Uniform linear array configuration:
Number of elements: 32
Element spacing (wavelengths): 0.25
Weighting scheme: exponential
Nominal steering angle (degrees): -30
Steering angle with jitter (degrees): -30.908
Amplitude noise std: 0.05
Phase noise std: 0.05

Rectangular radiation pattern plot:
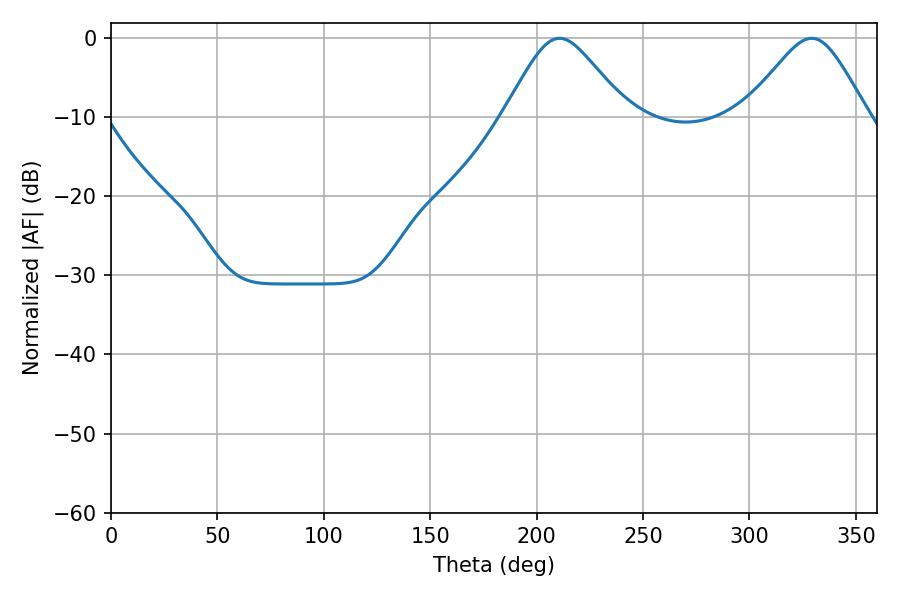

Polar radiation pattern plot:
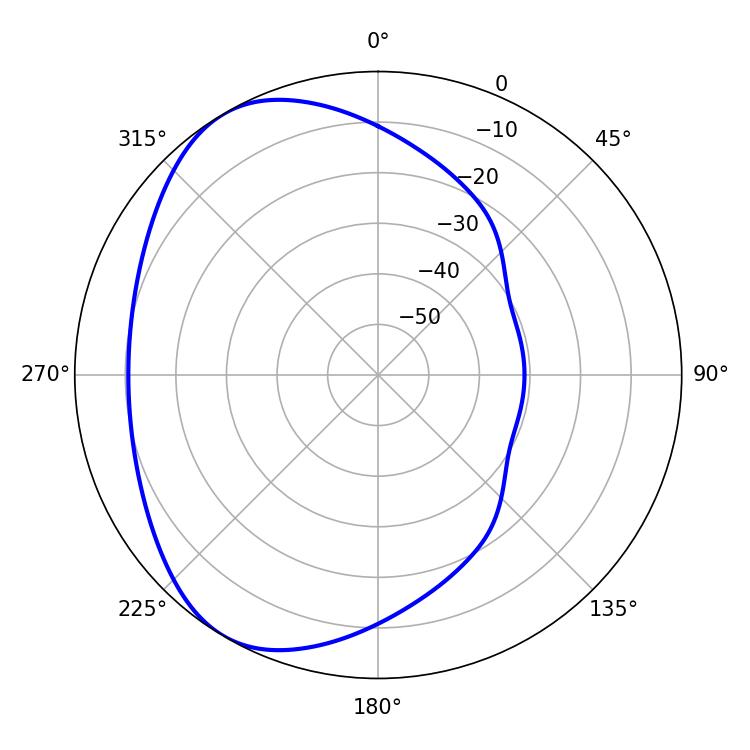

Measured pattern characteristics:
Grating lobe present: FALSE
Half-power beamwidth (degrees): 27.9
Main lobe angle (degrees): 210.78